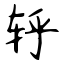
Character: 轷